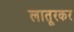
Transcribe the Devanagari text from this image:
लातूरकर